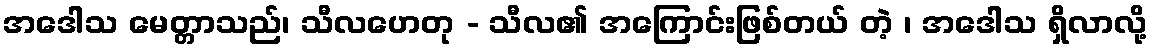
အဒေါသ မေတ္တာသည်၊ သီလဟေတု - သီလ၏ အကြောင်းဖြစ်တယ် တဲ့ ၊ အဒေါသ ရှိလာလို့